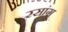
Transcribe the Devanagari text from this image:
रसांग